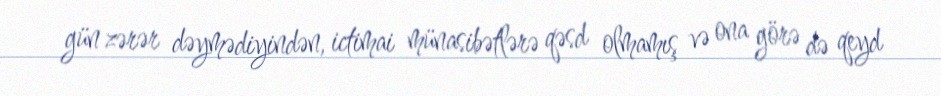
gün zərər dəymədiyindən, ictimai münasibətlərə qəsd olmamış və ona görə də qeyd